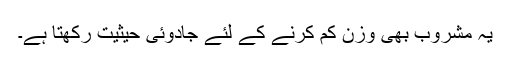
یہ مشروب بھی وزن کم کرنے کے لئے جادوئی حیثیت رکھتا ہے۔